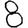
Digit: 8